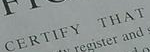
SETRIFY THAT